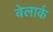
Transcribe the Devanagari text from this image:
बेलार्क